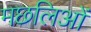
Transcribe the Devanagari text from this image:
मछलिओं